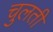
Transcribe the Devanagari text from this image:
चुलती